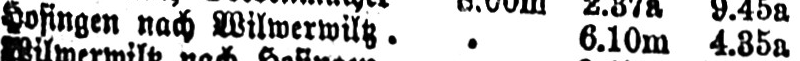
Hosingen nach Wilwerwiltz .. 6.10m 4.35a